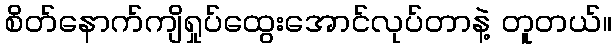
စိတ်နောက်ကျိရှုပ်ထွေးအောင်လုပ်တာနဲ့ တူတယ်။